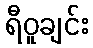
ရီဝူချင်း